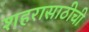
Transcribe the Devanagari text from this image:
शहरासाठीची